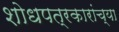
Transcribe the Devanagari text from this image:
शोधपत्रकारांच्या